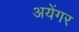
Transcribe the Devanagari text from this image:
अयेंगर